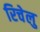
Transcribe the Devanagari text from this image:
रिचेलु